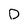
Character: D